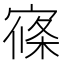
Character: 𡩢